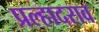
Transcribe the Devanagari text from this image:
प्रल्हादराव